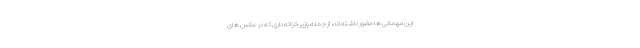
این مهمانی ها حضور داشته اند، از جمله وزیر خزانه داری که در عکس های